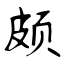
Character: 颇